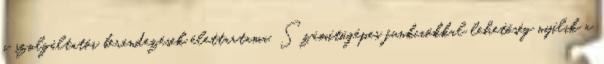
a szolgáltatói berendezések élettartama. Számítógépes funkciókkal lehetőség nyílik a